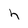
Character: h